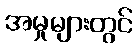
အမှုများတွင်